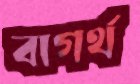
বাগর্থ